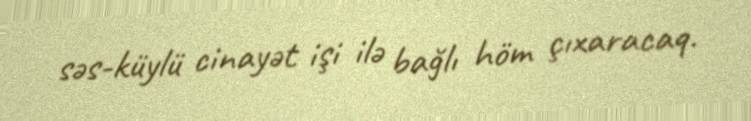
səs-küylü cinayət işi ilə bağlı höm çıxaracaq.